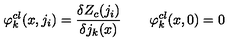
\varphi _ { k } ^ { c l } ( x , j _ { i } ) = { \frac { \delta Z _ { c } ( j _ { i } ) } { \delta j _ { k } ( x ) } } \qquad \varphi _ { k } ^ { c l } ( x , 0 ) = 0